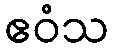
ဧဝံသ